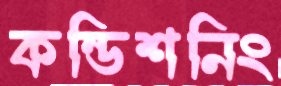
কন্ডিশনিং